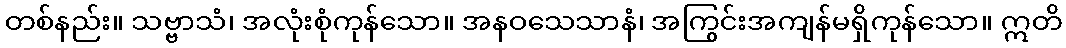
တစ်နည်း။ သဗ္ဗာသံ၊ အလုံးစုံကုန်သော။ အနဝသေသာနံ၊ အကြွင်းအကျန်မရှိကုန်သော။ ဣတိ